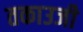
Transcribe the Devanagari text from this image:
तकाउजी